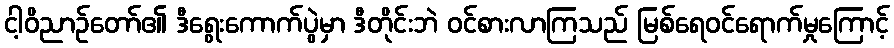
ငါ့ဝိညာဉ်တော်၏ ဒီရွေးကောက်ပွဲမှာ ဒီတိုင်းဘဲ ဝင်စားလာကြသည် မြစ်ရေဝင်ရောက်မှုကြောင့်